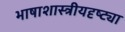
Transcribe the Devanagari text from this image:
भाषाशास्त्रीयदृष्ट्या